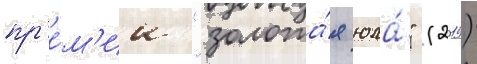
пр'е́м'ии "золота́я юла́" (2019)